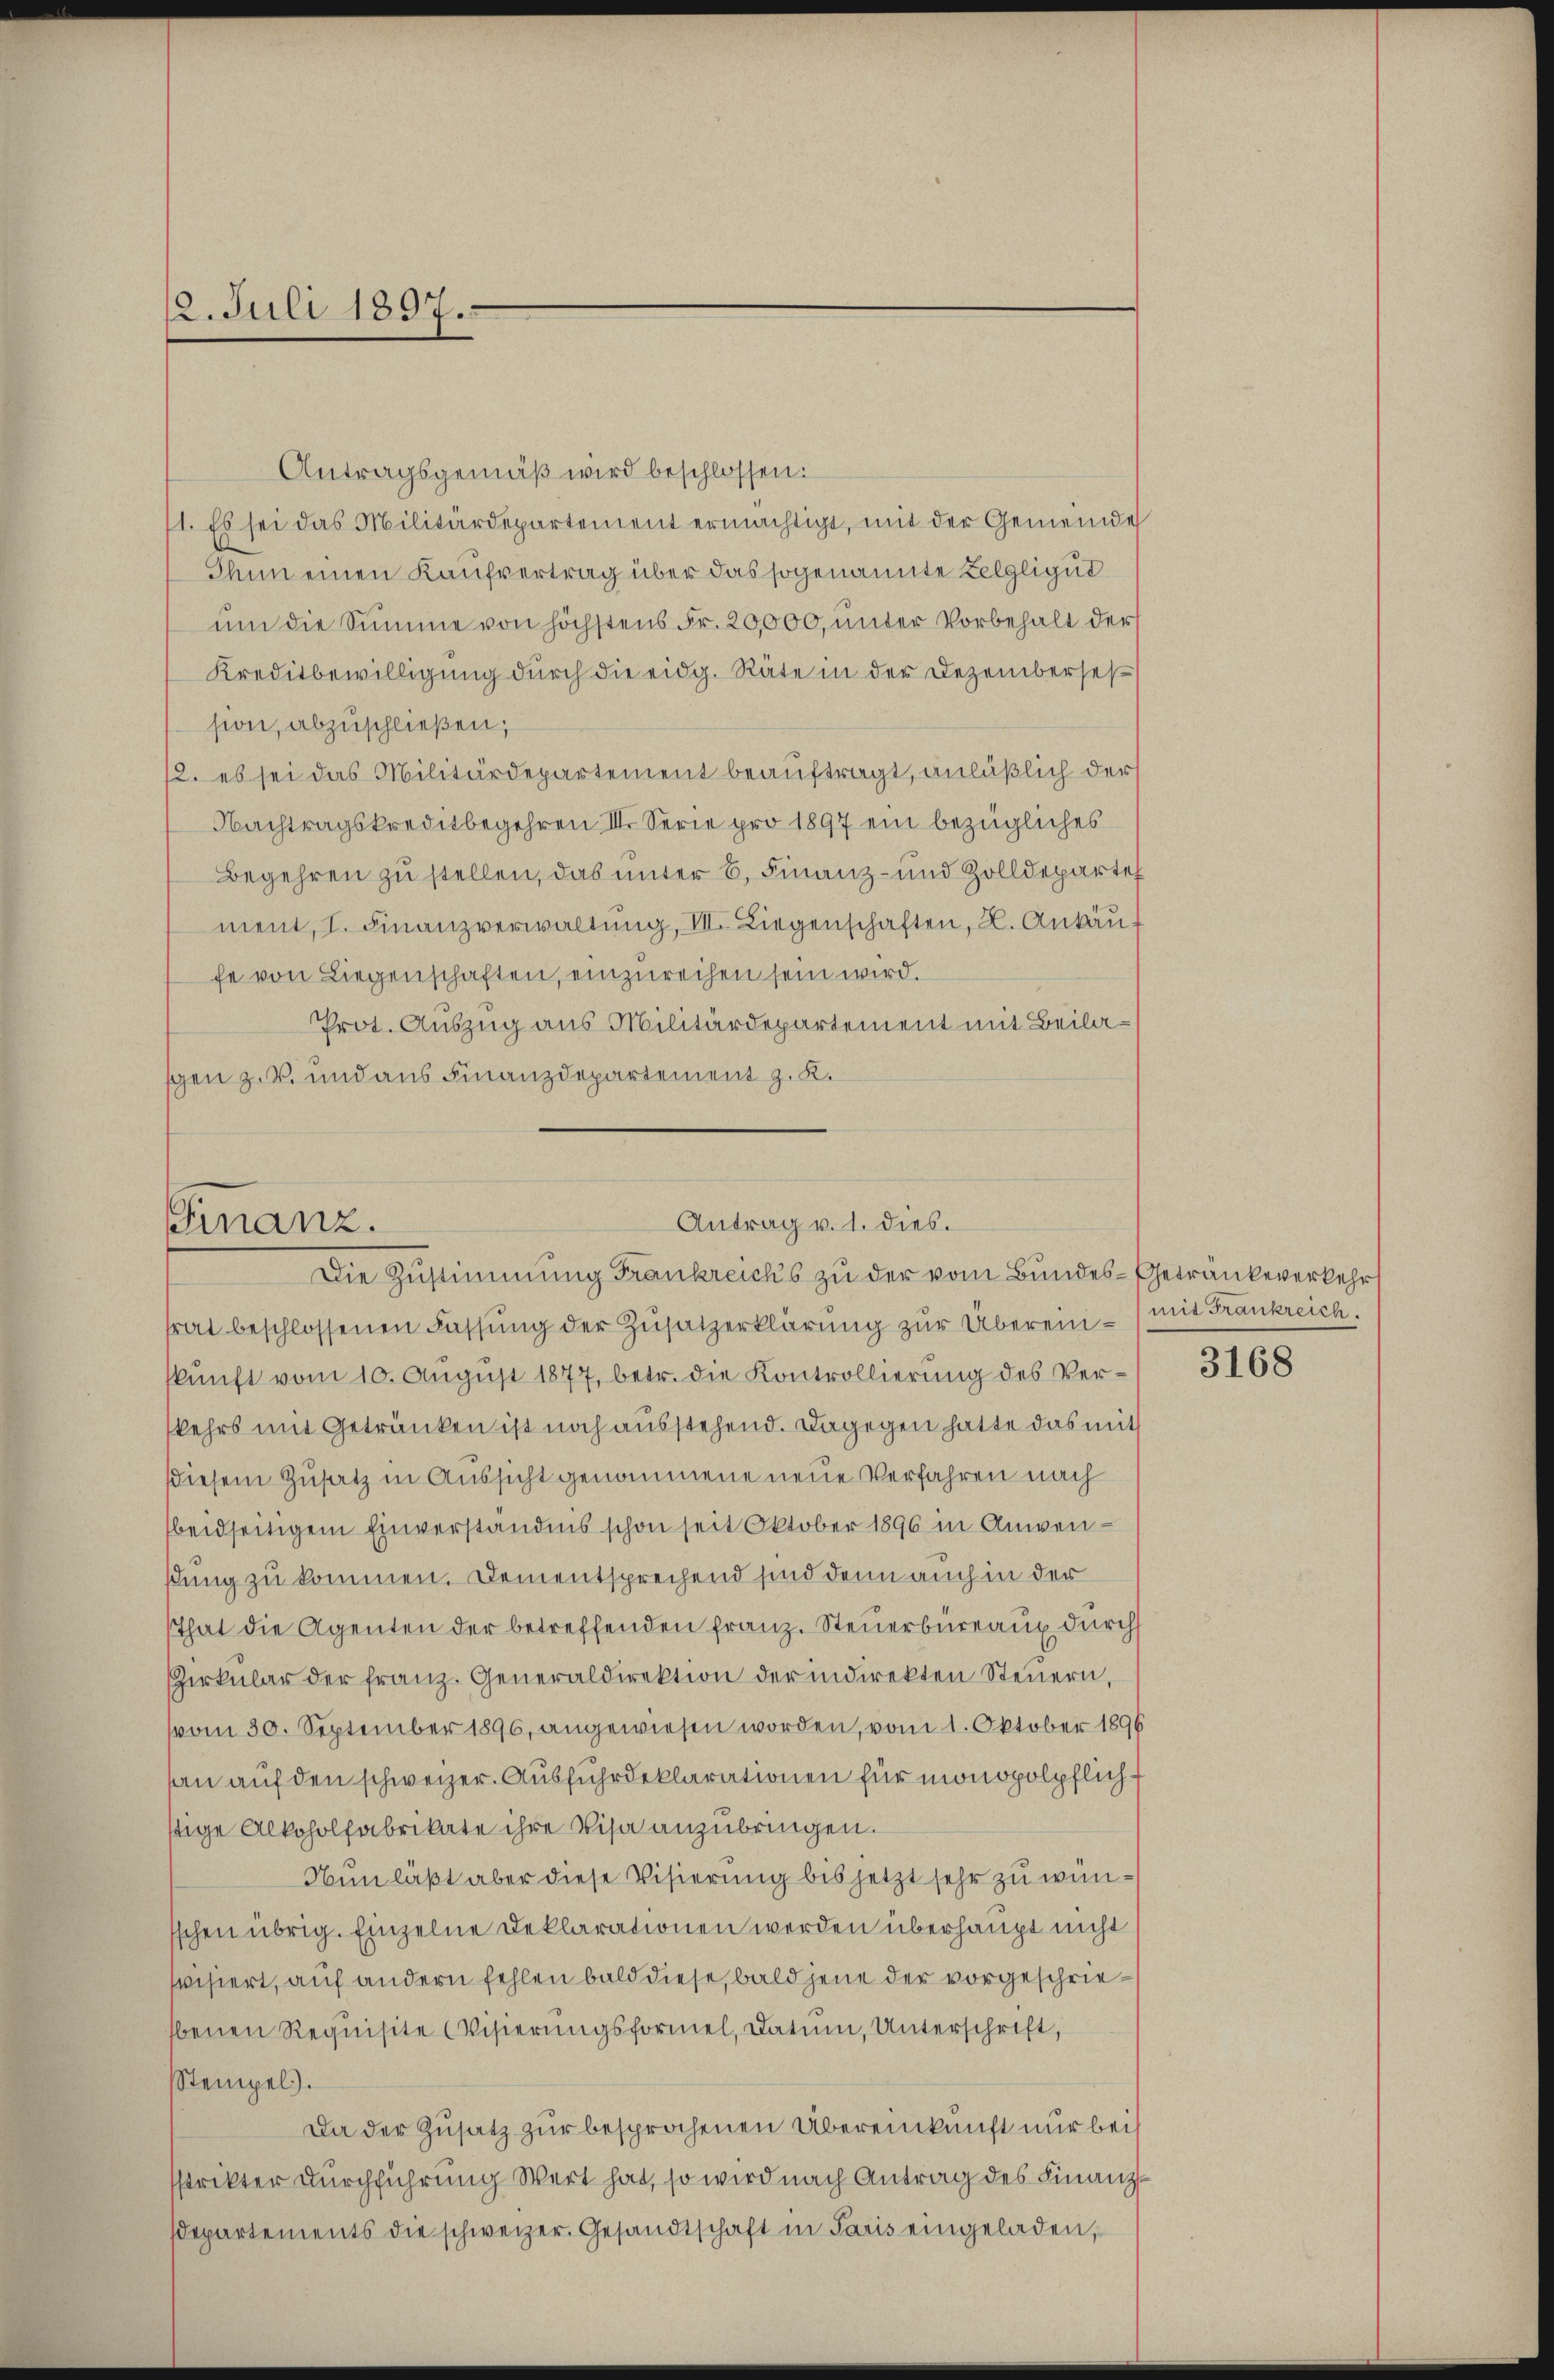
2. Juli 1897.

Antrag v. 1. dies.
Finanz.
Die Zustimmung Frankreichs zu der vom Bundes- Getränkeverkehr

Antragsgemäß wird beschlossen:
1. Es sei das Militärdepartement ermächtigt, mit der Gemeinde
Thun einen Kaufvertrag über das sogenannte Zelgligut
ŭm die Summe von höchstens Fr. 20,000, unter Vorbehalt der
Kreditbewilligung durch die eidg. Räte in der Dezemberses
sion, abzuschließen;
12. es sei das Militärdepartement beauftragt, anläßlich der
Nachtragskreditbegehren II. Serie pro 1897 ein bezügliches
Begehren zu stellen, das unter 6. Finanz- und Zolldeparte
ment, I. Finanzverwaltung, III. Liegenschaften, 2. Ankäufe von Liegenschaften, einzureihen sein wird.
Prot. Auszug aus Militärdepartement mit Beilagen z.B. und aus Finanzdepartement z. K.

trat beschlossenen Fassung der Zusatzerklärung zur Übereinskunft vom 10. August 1877, betr. die Kontrollierung des Verkehrs mit Getränken ist noch ausstehend. Dagegen hatte das mit
diesem Zusatz in Aussicht genommene neue Verfahren nach
beidseitigem Einverständnis schon seit Oktober 1896 in Anwendung zu kommen. Dem entsprechend sind denn auch in der
That die Agenten der betreffenden Franz. Steŭerbüreaux durch
Zirkŭlar der franz. Generaldirektion der indirekten Steuern,
vom 30. September 1896, angewiesen worden, vom 1. Oktober 1896
son auf den schweizer. Ausführdeklarationen für monopolpflichstige Alkoholfabrikate ihre Visa anzubringen.
Nun läßt aber diese Visierung bis jetzt sehr zu wünschen übrig. Einzelne Deklarationen werden überhaupt nicht
visiert, auf andern fehlen bald diese, bald jene der vorgeschriebenen Requisite Wisierungsformel, Datum, Unterschrift,
Stempel).
Da der Zusatz zur besprochenen Übereinkunft nur bei
sstrikter Durchführung Wert hat, so wird nach Antrag des Finanzdepartements die schweizer. Gesandtschaft in Paris eingeladen,

mit Frankreich.

3168